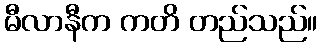
မီလာနီက ကတိ တည်သည်။